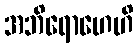
အဘိရောဟေဟိ